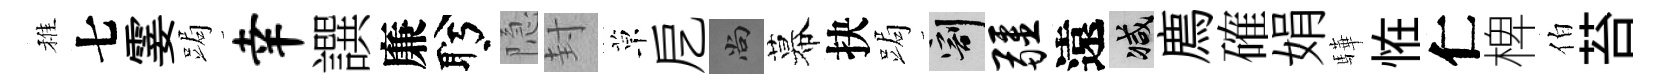
稚七霎跼幸譔廉盻隐封草戹尚幕抉跼割疆遠减廌確娟驊恠仁椑伯苔